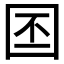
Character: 𪢩